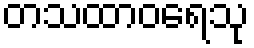
တသထာဝရေသု